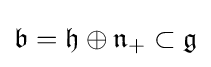
{\mathfrak {b}}={\mathfrak {h}}\oplus {\mathfrak {n}}_{+}\subset {\mathfrak {g}}